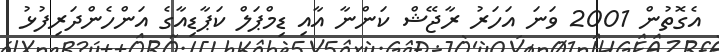
އެގޮތުން 2001 ވަނަ އަަހަރު ރާޖޭޝް ކަންނާ އާއި ޑިމްޕަލް ކަޕާޑިއާގެ އަންހެންދަރިފުޅު